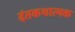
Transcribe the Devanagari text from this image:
दंतकथात्मक